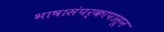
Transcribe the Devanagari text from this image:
भाषासंपर्कापासून